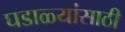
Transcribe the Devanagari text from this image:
घडाळ्यांसाठी